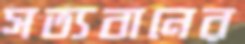
সত্যবানের